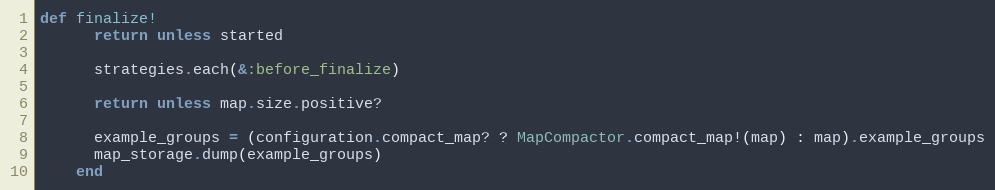
Language: Ruby
def finalize!
      return unless started

      strategies.each(&:before_finalize)

      return unless map.size.positive?

      example_groups = (configuration.compact_map? ? MapCompactor.compact_map!(map) : map).example_groups
      map_storage.dump(example_groups)
    end